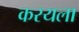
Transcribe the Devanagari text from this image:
करयला